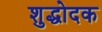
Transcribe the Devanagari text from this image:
शुद्धोदक